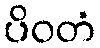
ပိဝတံ